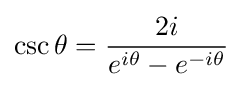
\csc \theta ={\frac {2i}{e^{i\theta }-e^{-i\theta }}}